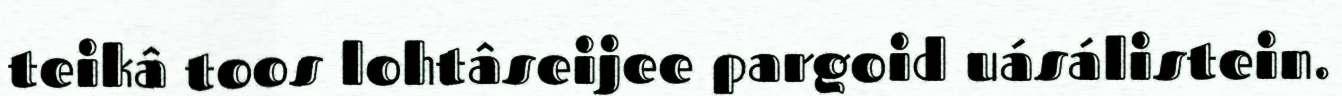
teikâ toos lohtâseijee pargoid uásálistein.